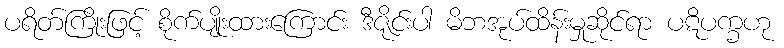
ပရိတ်ကြိုးဖြင့် စိုက်ပျိုးထားကြောင်း ဒီဇိုင်းပါ မိဘအုပ်ထိန်းမှုဆိုင်ရာ ပဋိပက္ခဟု